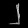
Digit: ၂